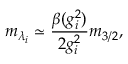
m _ { \lambda _ { i } } \simeq { \frac { \beta ( g _ { i } ^ { 2 } ) } { 2 g _ { i } ^ { 2 } } } m _ { 3 / 2 } ,